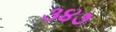
૩૪૭